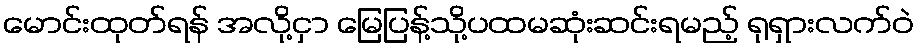
မောင်းထုတ်ရန် အလို့ငှာ မြေပြန့်သို့ပထမဆုံးဆင်းရမည့် ရုရှားလက်ဝဲ